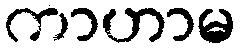
ကာဟာမ